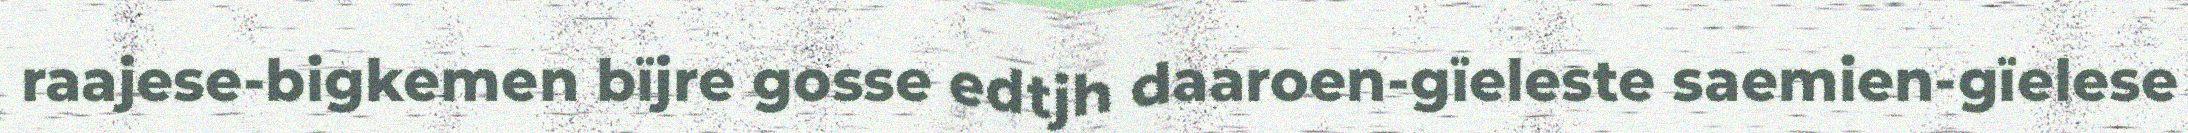
raajese-bigkemen bïjre gosse edtjh daaroen-gïeleste saemien-gïelese